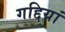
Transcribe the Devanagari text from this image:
गद्दियां